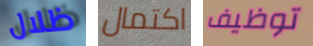
ظلال اكتمال توظيف